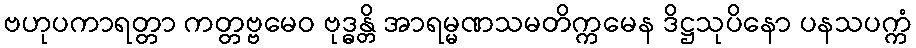
ဗဟုပကာရတ္တာ ကတ္တဗ္ဗမေဝ ဗုဒ္ဓန္တိ အာရမ္မဏသမတိက္ကမေန ဒိဋ္ဌသုပိနော ပနသပက္ကံ